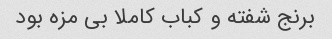
برنج شفته و کباب کاملا بی مزه بود